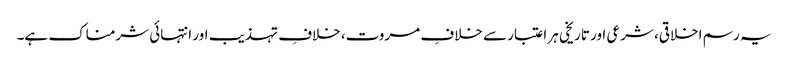
یہ رسم اخلاقی، شرعی اور تاریخی ہر اعتبار سے خلافِ مروت، خلافِ تہذیب اور انتہائی شرمناک ہے۔